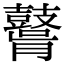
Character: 𪔤